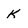
Character: K